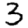
Digit: 3